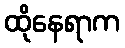
ထိုနေရာက